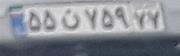
۵۵ن۷۵۹۷۷